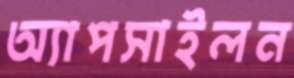
অ্যাপসাইলন